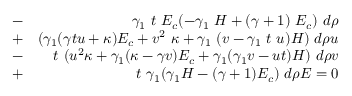
\begin{array} { r l r } & { - } & { ~ \gamma _ { 1 } ~ t ~ E _ { c } ( - \gamma _ { 1 } ~ H + ( \gamma + 1 ) ~ E _ { c } ) ~ d \rho } \\ & { + } & { ( \gamma _ { 1 } ( \gamma t u + \kappa ) E _ { c } + v ^ { 2 } ~ \kappa + \gamma _ { 1 } ~ ( v - \gamma _ { 1 } ~ t ~ u ) H ) ~ d \rho u } \\ & { - } & { t ~ ( u ^ { 2 } \kappa + \gamma _ { 1 } ( \kappa - \gamma v ) E _ { c } + \gamma _ { 1 } ( \gamma _ { 1 } v - u t ) H ) ~ d \rho v } \\ & { + } & { t ~ \gamma _ { 1 } ( \gamma _ { 1 } H - ( \gamma + 1 ) E _ { c } ) ~ d \rho E = 0 } \end{array}